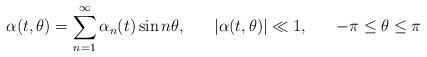
LaTeX: \begin{align*}\alpha(t,\theta)=\sum_{n=1}^\infty \alpha_n(t) \sin n\theta,\hspace{0.7cm}|\alpha(t,\theta)| \ll 1, \hspace{0.7cm}-\pi \leq \theta \leq \pi\end{align*}